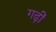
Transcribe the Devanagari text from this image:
गढ़ीं